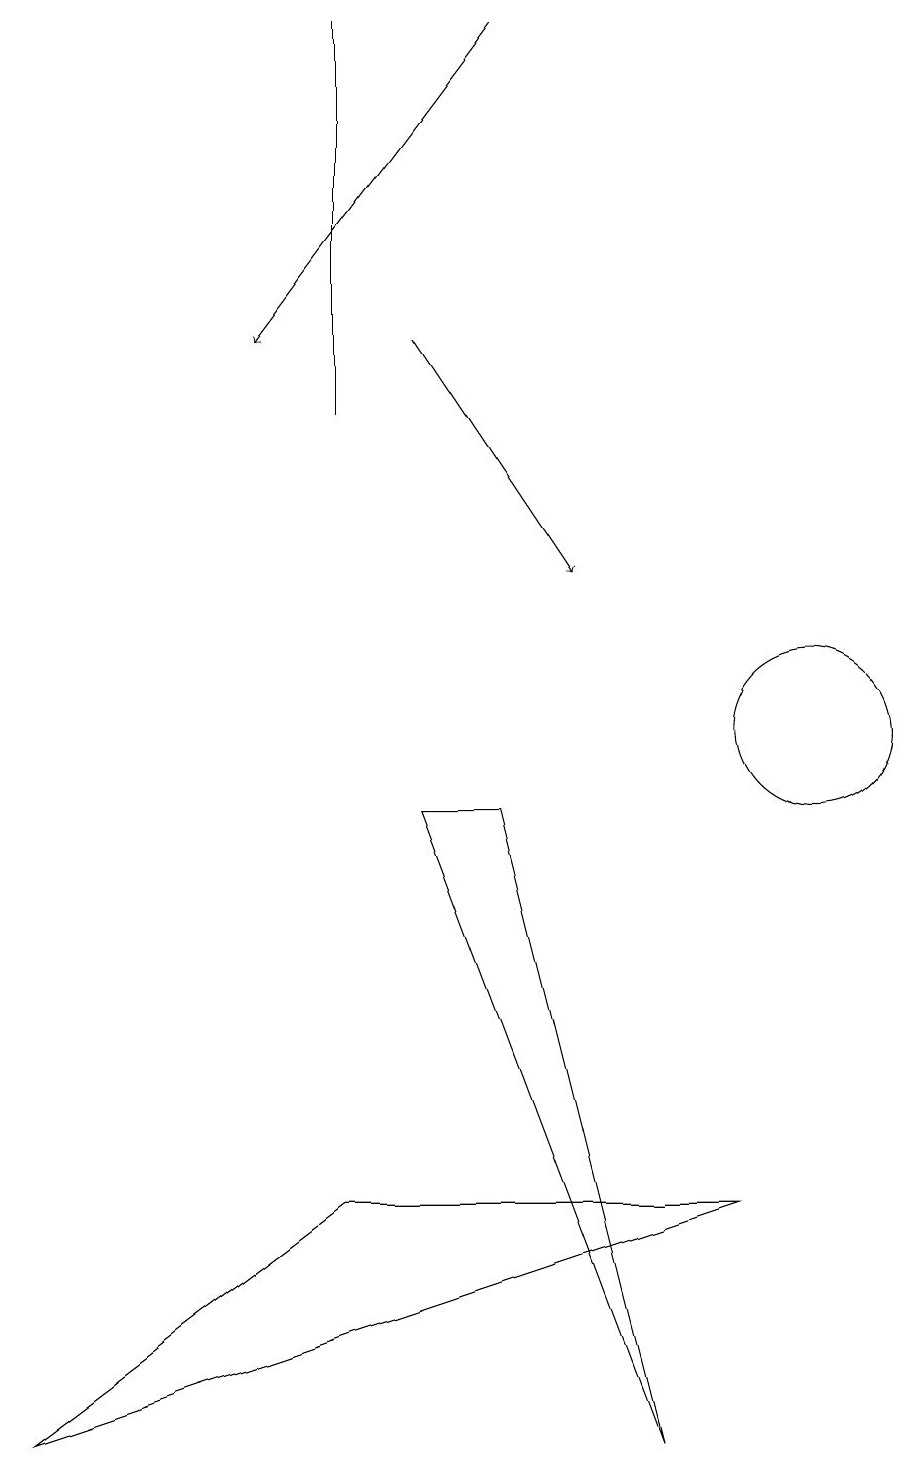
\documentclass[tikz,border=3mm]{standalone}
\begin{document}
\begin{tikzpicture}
\draw[->] (5,15) -- (7,12);
\draw (10,10) circle (1);
\draw (5,9) -- (8,1) -- (6,9) -- cycle;
\draw (4,19) rectangle (4,14);
\draw[->] (6,19) -- (3,15);
\draw (9,4) -- (4,4) -- (0,1) -- cycle;
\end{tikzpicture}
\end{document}